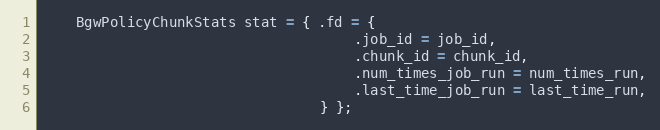
Language: C
	BgwPolicyChunkStats stat = { .fd = {
									 .job_id = job_id,
									 .chunk_id = chunk_id,
									 .num_times_job_run = num_times_run,
									 .last_time_job_run = last_time_run,
								 } };